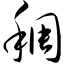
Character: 稠